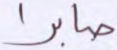
صابرا